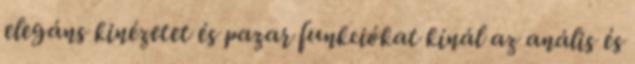
elegáns kinézetet és pazar funkciókat kínál az anális és